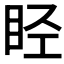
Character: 𬑏